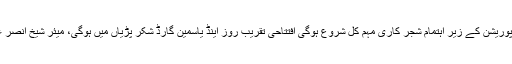
سی ڈی ای اورمیٹرو پولیٹین کارپوریشن کے زیر اہتمام شجر کاری مہم کل شروع ہوگی افتتاحی تقریب روز اینڈ یاسمین گارڈ شکر پڑیاں میں ہوگی، میئر شیخ انصر عزیز مہمان خصوصی ہوں گے ۔